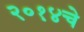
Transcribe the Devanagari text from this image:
२०१४चे